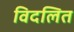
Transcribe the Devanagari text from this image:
विदलित